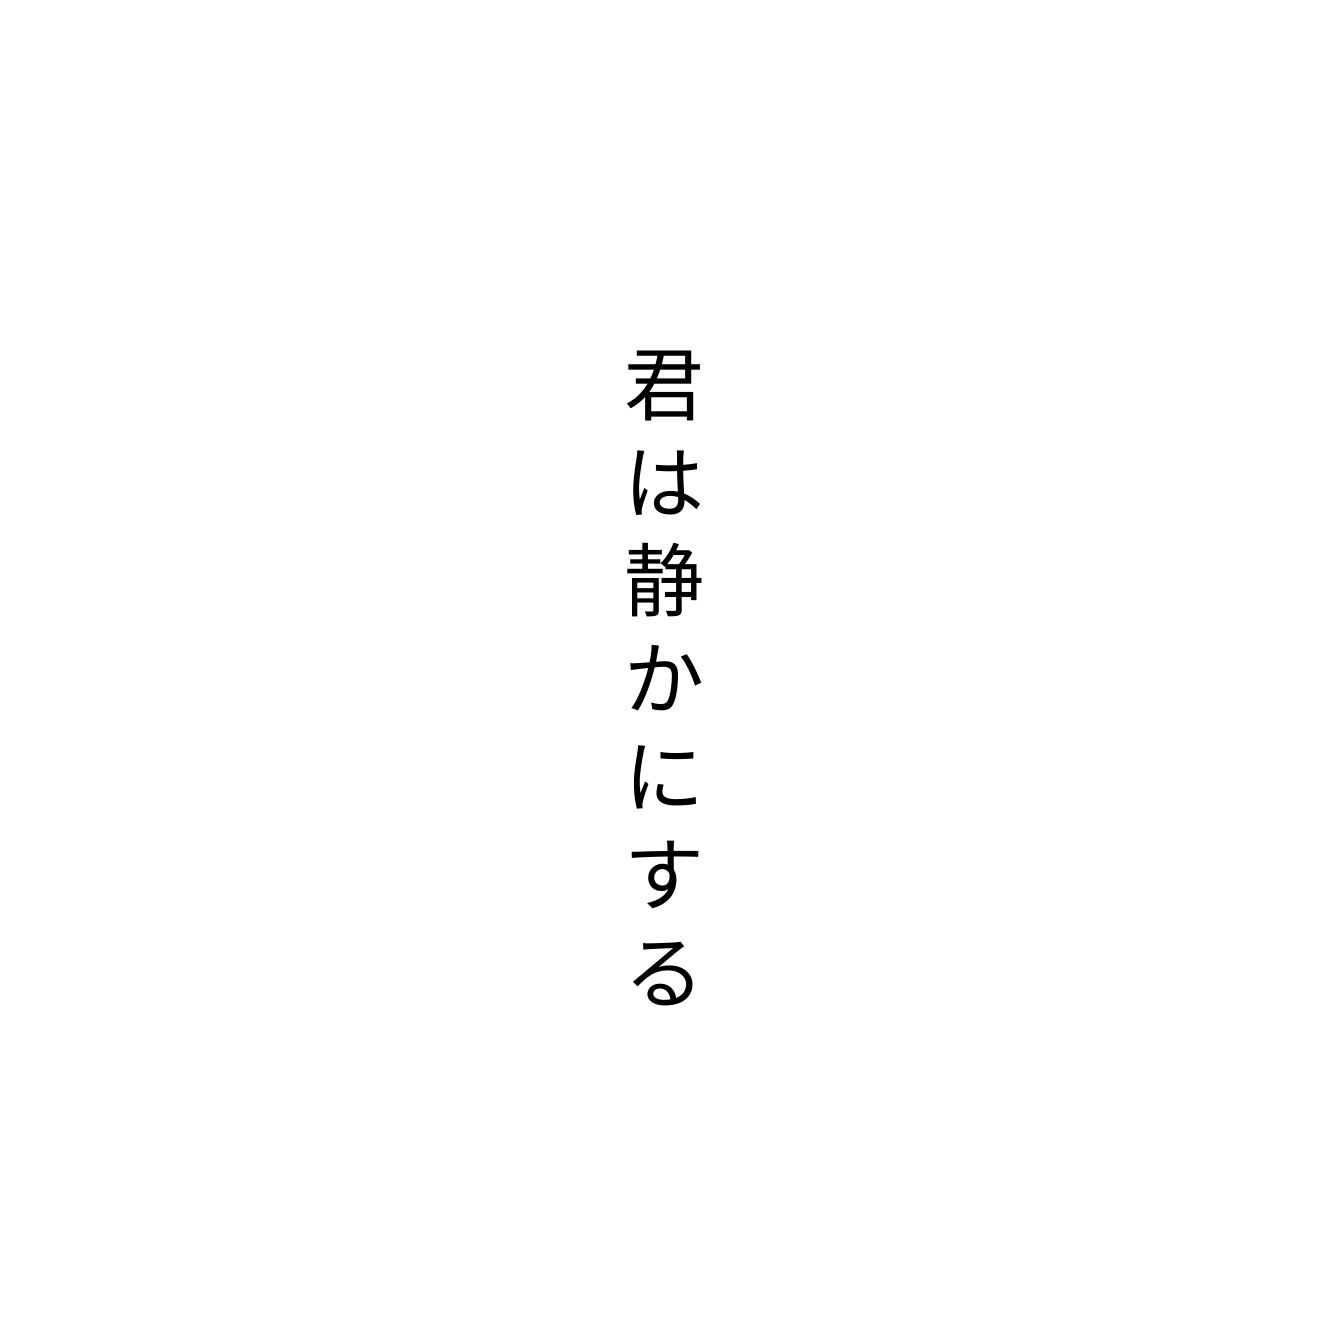
君は静かにする